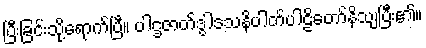
ပြီးခြင်းသို့ရောက်ပြီ။ ပါဌဇာတ်ဒွါဒသနိပါတ်ပါဠိတော်နိသျပြီး၏။